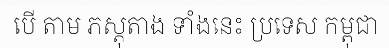
បើ តាម ភស្តុតាង ទាំងនេះ ប្រទេស កម្ពុជា